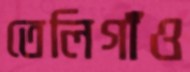
তেলিগাঁও